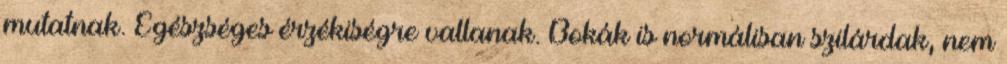
mutatnak. Egészséges érzékiségre vallanak. Bokák is normálisan szilárdak, nem